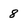
Character: 8